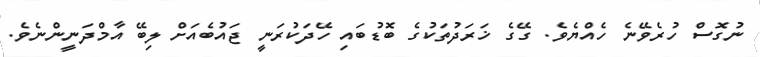
ނުގޮސް ހުރެވޭނެ ހެއްޔެވެ. ގޭގެ ޚަރަދުތަކުގެ ބޮޑުބައި ހޭދަކުރަނީ ޖައުބެއަށް ލިބޭ އާމްދަނީންނެވެ.